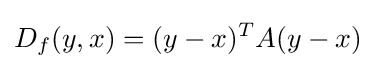
D_{f}(y,x)=(y-x)^{T}A(y-x)